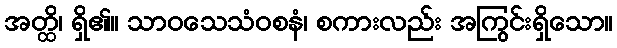
အတ္ထိ၊ ရှိ၏။ သာဝသေသံဝစနံ၊ စကားလည်း အကြွင်းရှိသော။